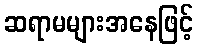
ဆရာမများအနေဖြင့်